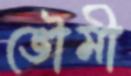
ভৌমী